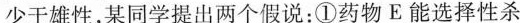
少于雄性，某同学提出两个假说：①药物E能选择性杀